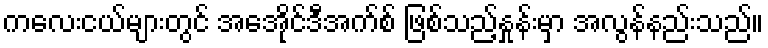
ကလေးငယ်များတွင် အေအိုင်ဒီအက်စ် ဖြစ်သည့်နှုန်းမှာ အလွန်နည်းသည်။